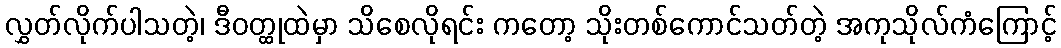
လွှတ်လိုက်ပါသတဲ့၊ ဒီဝတ္ထုထဲမှာ သိစေလိုရင်း ကတော့ သိုးတစ်ကောင်သတ်တဲ့ အကုသိုလ်ကံကြောင့်